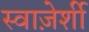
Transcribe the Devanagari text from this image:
स्वाज़ेर्शी